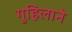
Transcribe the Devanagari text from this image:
गुहिलाने